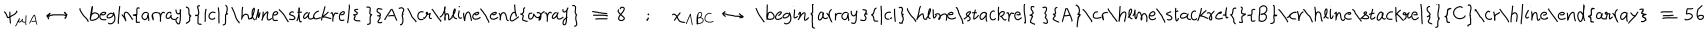
\psi _ { \mu \vert A } \, \leftrightarrow \, \mathrm { ~ \begin{array} { | c | } \hline { { \stackrel { ~ } { A } } } \\ \hline { { } } \\ \end{array} ~ } \, \equiv \, { \bf 8 } \quad ; \quad \chi _ { A B C } \, \leftrightarrow \, \mathrm { ~ \begin{array} { | c | } \hline { { \stackrel { ~ } { A } } } \\ \hline { { \stackrel { } { B } } } \\ \hline { { \stackrel { } { C } } } \\ \hline { { } } \\ \end{array} ~ } \, \equiv \, { \bf 5 6 }